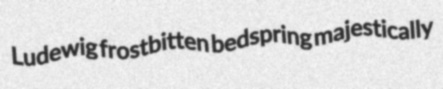
Ludewig frostbitten bedspring majestically